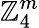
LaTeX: \mathbb{Z}_{4}^{m}